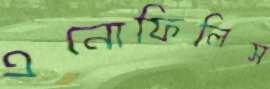
এনোফিলিস